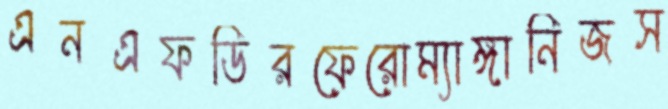
এনএফডিরফেরোম্যাঙ্গানিজস